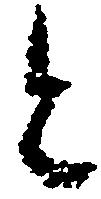
と